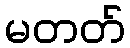
မတတ်